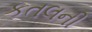
કતલની